Piroplasma canis and its life cycle in the tick - Number 29
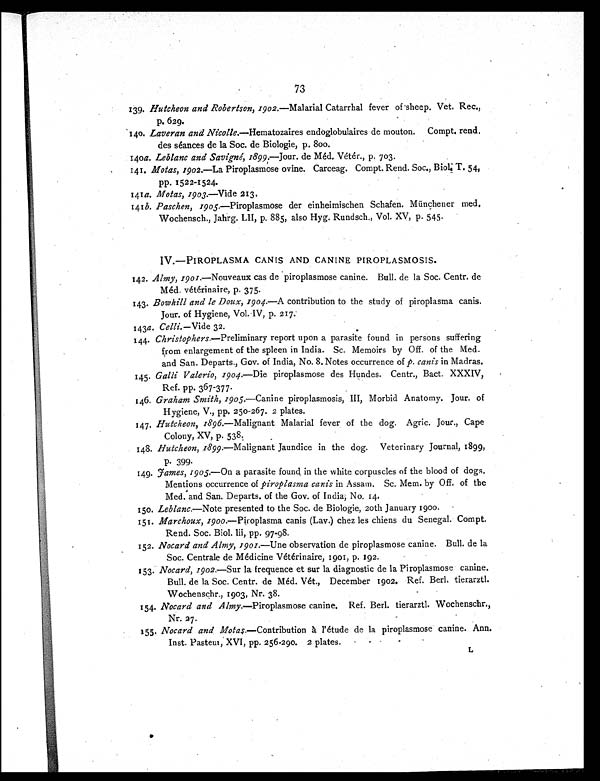
73
139. Hutcheon and Robertson, 1902.— Malarial Catarrhal fever of sheep. Vet. Rec.,
p. 629.
140. Laveran and Nicolle.—Hematozaires endoglobulaires de mouton. Compt. rend.
des séances de la Soc. de Biologie, p. 800.
140a. Leblanc and Savigné, 1899.— Jour. de Méd. Vétér., p, 703.
141. Motas, 1902.—La Piroplasmose ovine. Carceag. Compt. Rend. Soc., Biol. T. 54,
pp. 1522-1524.
141a. Motas, 1903.—Vide 213.
141b.Paschen, 1905.—Piroplasmose der einheimischen Schafen. Münchener med.
Wochensch., Jahrg. LII, p. 885, also Hyg. Rundsch., Vol. XV, p. 545.
IV.—PIROPLASMA CANIS AND CANINE PIROPLASMOSIS.
142. Almy, 1901.—Nouveaux cas de piroplasmose canine. Bull. de la Soc. Centr. de
Méd. vétérinaire, p. 375.
143. Bowhill and le Doux, 1904.— A contribution to the study of piroplasma canis.
Jour. of Hygiene, Vol. IV, p. 217.
143a. Celli.—Vide 32.
144. Christophers.—Preliminary report upon a parasite found in persons suffering
from enlargement of the spleen in India. Sc. Memoirs by Off. of the Med.
and San. Departs., Gov. of India, No. 8. Notes occurrence of p. canis in Madras.
145. Galli Valerio, 1904.— Die piroplasmose des Hundes. Centr., Bact. XXXIV,
Ref. pp. 367-377.
146. Graham Smith, 1905.—Canine piroplasmosis, III, Morbid Anatomy. Jour. of
Hygiene, V., pp. 250-267. 2 plates.
147. Hutcheon, 1896.—Malignant Malarial fever of the dog. Agric. Jour., Cape
Colony, XV, p. 538.
148. Hutcheon, 1899.—Malignant Jaundice in the dog. Veterinary Journal, 1899,
p . 3 9 9 .
149. James, 1905.—On a parasite found in the white corpuscles of the blood of dogs.
Mentions occurrence of piroplasma canis in Assam. Sc. Mem. by Off. of the
Med. and San. Departs. of the Gov. of India, No. 14.
150. Leblanc.—Note presented to the Soc. de Biologie, 20th January 1900.
151. Marchoux, 1900.—Piroplasma canis (Lav.) chez les chiens du Senegal. Compt.
Rend. Soc. Biol. lii, pp. 97-98.
152.
Nocard and Almy, 1901.—Une observation de piroplasmose canine. Bull. de la
Soc. Centrale de Médicine Vétérinaire, 1901, p. 192.
153. Nocard, 1902.—Sur la frequence et sur la diagnostic de la Piroplasmose canine.
Bull. de la Soc. Centr. de Méd. Vét., December 1902. Ref. Berl. tierarztl.
Wochenschr., 1903, Nr. 38.
154. Nocard and Almy.—Piroplasmose canine. Ref. Berl. tierarztl. Wochenschr.,
Nr. 27.
155. Nocard and Motas.— Contribution à l'étude de la piroplasmose canine. Ann.
Inst. Pasteur, XVI, pp. 256-290. 2 plates.
L